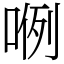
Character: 𭈖